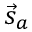
{ \vec { s } } _ { a }